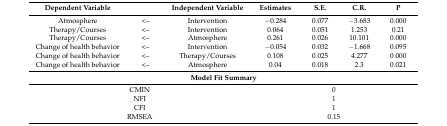
<table><thead><tr><td><b>Dependent Variable</b></td><td></td><td><b>Independent Variable </b></td><td><b>Estimates</b></td><td><b>S.E.</b></td><td><b>C.R.</b></td><td><b>P</b></td></tr></thead><tbody><tr><td>Atmosphere</td><td>&lt;--</td><td>Intervention</td><td>−0.284</td><td>0.077</td><td>−3.683</td><td>0.000</td></tr><tr><td>Therapy/Courses</td><td>&lt;--</td><td>Intervention</td><td>0.064</td><td>0.051</td><td>1.253</td><td>0.21</td></tr><tr><td>Therapy/Courses</td><td>&lt;--</td><td>Atmosphere</td><td>0.261</td><td>0.026</td><td>10.101</td><td>0.000</td></tr><tr><td>Change of health behavior</td><td>&lt;--</td><td>Intervention</td><td>−0.054</td><td>0.032</td><td>−1.668</td><td>0.095</td></tr><tr><td>Change of health behavior</td><td>&lt;--</td><td>Therapy/Courses</td><td>0.108</td><td>0.025</td><td>4.277</td><td>0.000</td></tr><tr><td>Change of health behavior</td><td>&lt;--</td><td>Atmosphere</td><td>0.04</td><td>0.018</td><td>2.3</td><td>0.021</td></tr><tr><td colspan="7"><b>Model Fit Summary</b></td></tr><tr><td colspan="3">CMIN</td><td colspan="4">0</td></tr><tr><td colspan="3">NFI</td><td colspan="4">1</td></tr><tr><td colspan="3">CFI</td><td colspan="4">1</td></tr><tr><td colspan="3">RMSEA</td><td colspan="4">0.15</td></tr></tbody></table>